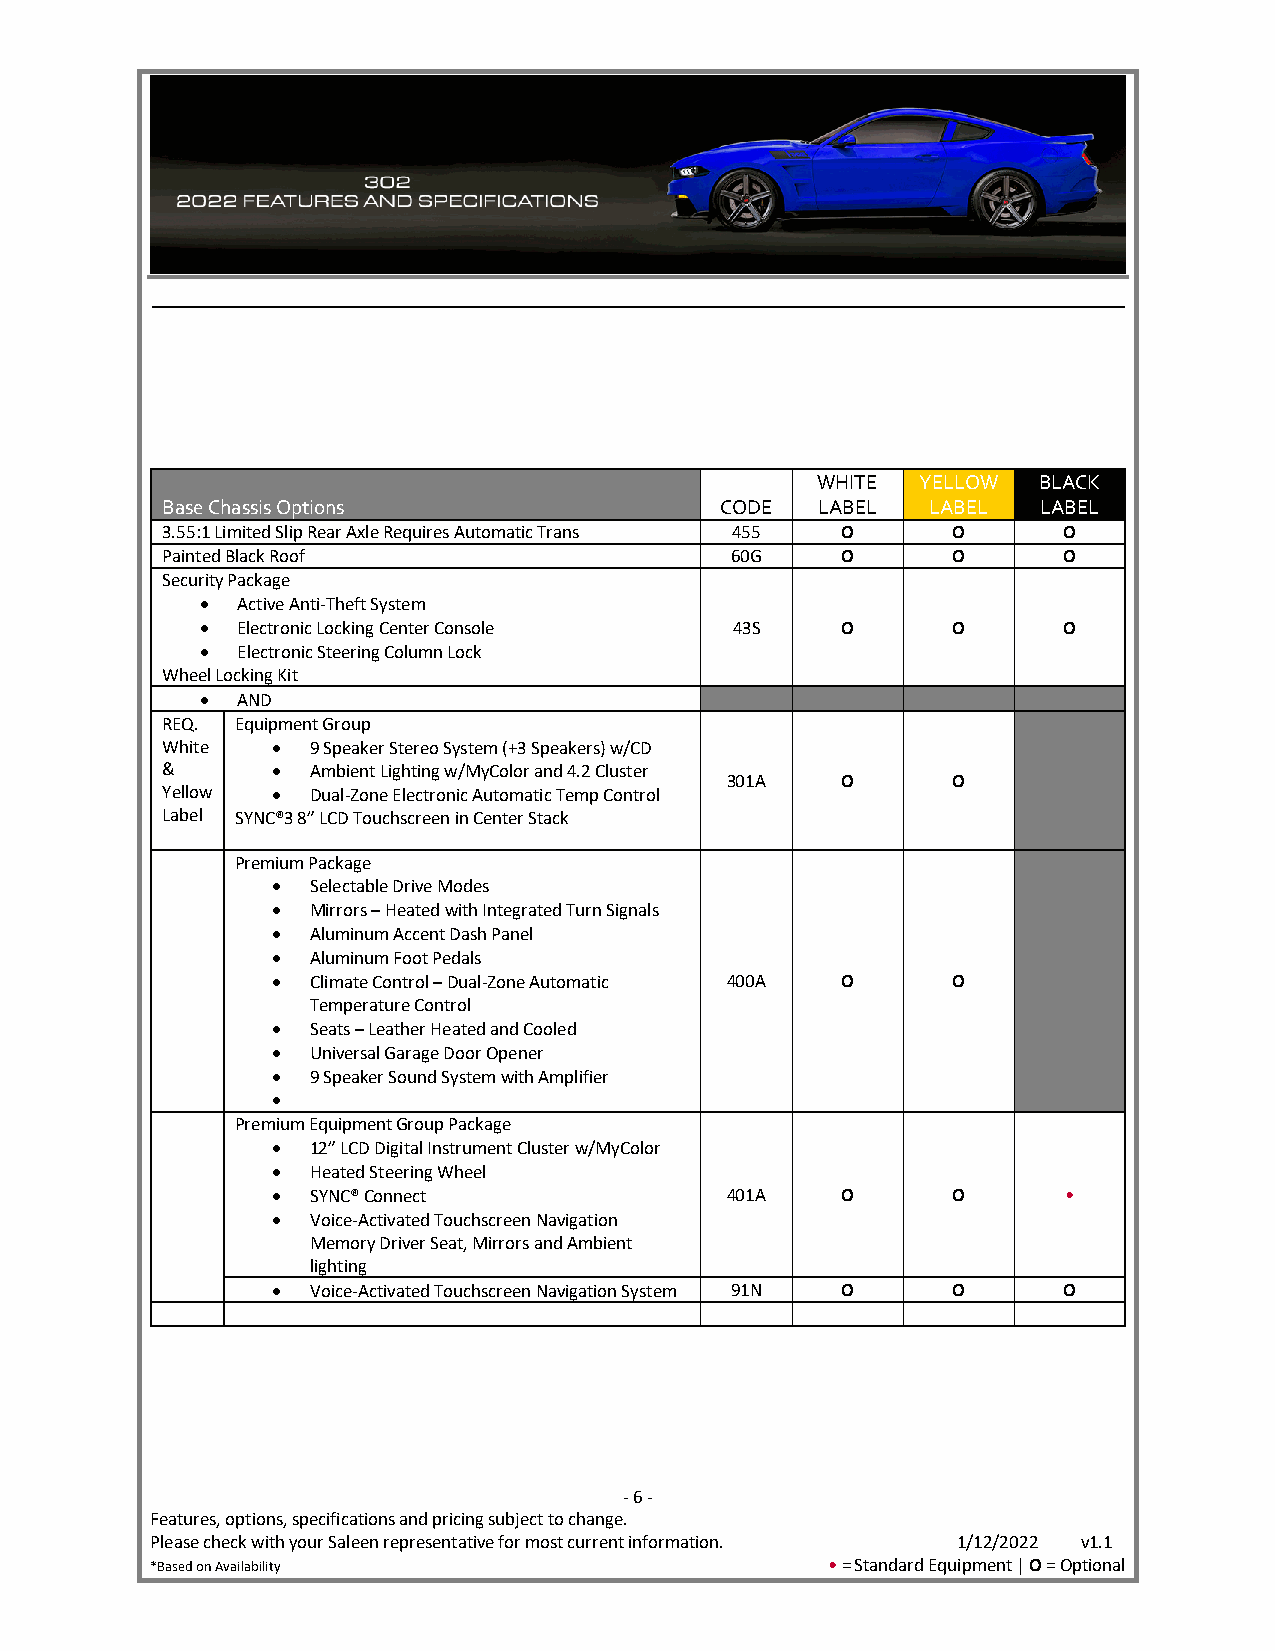
WHITE  YELLOW  BLACK
 Base Chassis Options                 CODE  LABEL   LABEL  LABEL
 3.55:1 Limited Slip Rear Axle Requires Automatic Trans 455 O O O
 Painted Black Roof                   60G     O      O      O
 Security Package
 •  Active Anti-Theft System
 •  Electronic Locking Center Console 43S   O      O      O
 •  Electronic Steering Column Lock
 Wheel Locking Kit
 •  AND
 REQ. Equipment Group
 White  •  9 Speaker Stereo System (+3 Speakers) w/CD
 &      •  Ambient Lighting w/MyColor and 4.2 Cluster
 301A    O      O
 Yellow •  Dual-Zone Electronic Automatic Temp Control
 Label SYNC®3 8” LCD Touchscreen in Center Stack
 Premium Package
 •  Selectable Drive Modes
 •  Mirrors – Heated with Integrated Turn Signals
 •  Aluminum Accent Dash Panel
 •  Aluminum Foot Pedals
 •  Climate Control – Dual-Zone Automatic 400A O O
 Temperature Control
 •  Seats – Leather Heated and Cooled
 •  Universal Garage Door Opener
 •  9 Speaker Sound System with Amplifier
 •
 Premium Equipment Group Package
 •  12” LCD Digital Instrument Cluster w/MyColor
 •  Heated Steering Wheel
 •  SYNC® Connect              401A    O      O       •
 •  Voice-Activated Touchscreen Navigation
 Memory Driver Seat, Mirrors and Ambient
 lighting
 •  Voice-Activated Touchscreen Navigation System 91N O O O
 - 6 -
 Features, options, specifications and pricing subject to change.
 Please check with your Saleen representative for most current information. 1/12/2022 v1.1
 *Based on Availability                       • = Standard Equipment | O = Optional